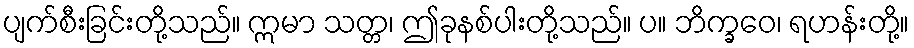
ပျက်စီးခြင်းတို့သည်။ ဣမာ သတ္တ၊ ဤခုနစ်ပါးတို့သည်။ ပ။ ဘိက္ခဝေ၊ ရဟန်းတို့။